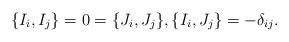
LaTeX: \begin{gather*} \{ I_i, I_j\} = 0 = \{ J_i, J_j\}, \{ I_i, J_j\} = -\delta_{ij}.\end{gather*}